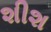
શીશ